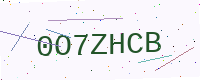
Text: 0O7ZHCB